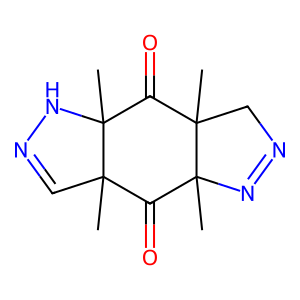
SMILES: CC12C=NNC1(C)C(=O)C1(C)CN=NC1(C)C2=O
Inhibits HIV replication: No